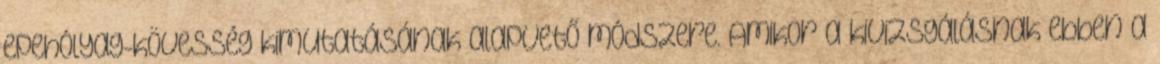
epehólyag-kövesség kimutatásának alapvető módszere. Amikor a kivizsgálásnak ebben a